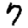
Digit: 7